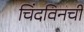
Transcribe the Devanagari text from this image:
चिंदविनची